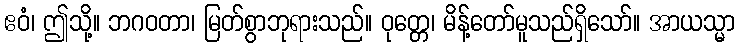
ဧဝံ၊ ဤသို့။ ဘဂဝတာ၊ မြတ်စွာဘုရားသည်။ ဝုတ္တေ၊ မိန့်တော်မူသည်ရှိသော်။ အာယသ္မာ